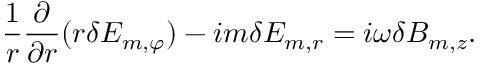
\frac { 1 } { r } \frac { \partial } { \partial r } ( r \delta E _ { m , \varphi } ) - i m \delta E _ { m , r } = i \omega \delta B _ { m , z } .